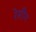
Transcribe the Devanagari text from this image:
रेसींग